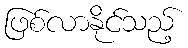
ဖြစ်လာနိုင်သည့်